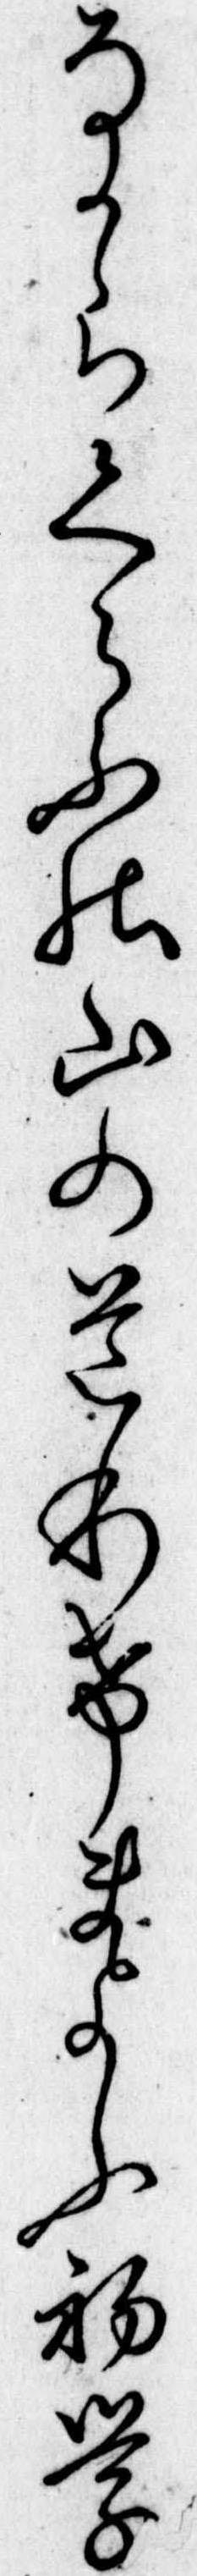
なからくらふの山の道わけまよふ初学